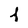
Character: f